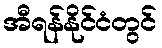
အီရန်နိုင်ငံတွင်